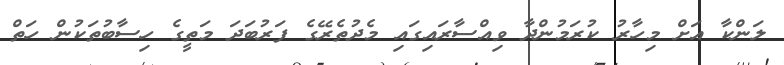
ލަންކާ އަށް މިހާރު ކުރަމުންދާ ވިއްސާރައިގައި މެދުތެރޭގެ ފަރުބަދަ މަތީގެ ހިސާބުތަކުން ހަތް